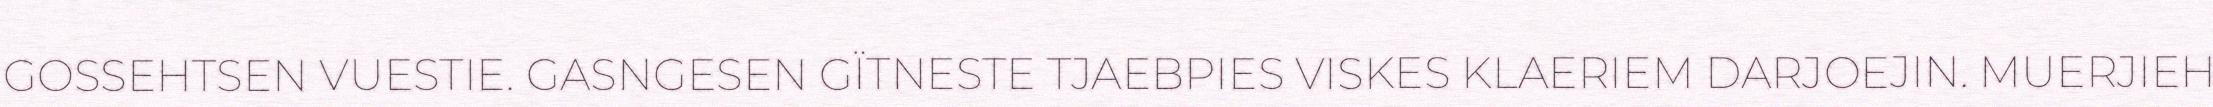
GOSSEHTSEN VUESTIE. GASNGESEN GÏTNESTE TJAEBPIES VISKES KLAERIEM DARJOEJIN. MUERJIEH